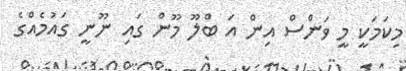
މިކަމަކީ މީ ވަންސް އިން އަ ބްލޫ މޫން ގައި ނޫނީ ގައުމެއްގެ